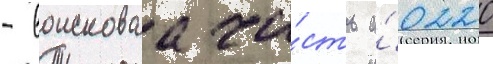
- воисковаа ча́сть а́0220